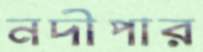
নদীপার